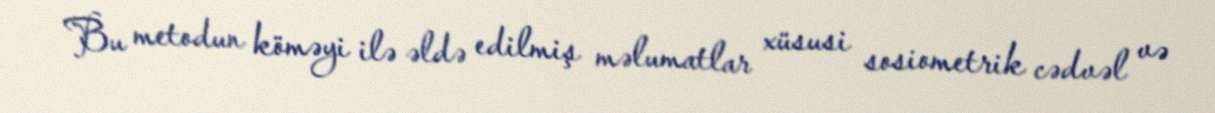
Bu metodun köməyi ilə əldə edilmiş məlumatlar xüsusi sosiometrik cədvəl və